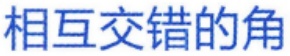
相互交错的角